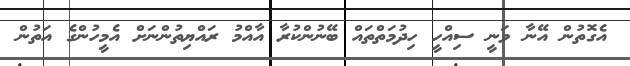
އެގޮތުން އޭނާ ވަނީ ސިއްހީ ހިދުމަތްތައް ބޭނުންކުރާ އާއްމު ރައްޔިތުންނަށް އެމީހުންގެ އަތުން